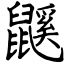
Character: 鼷